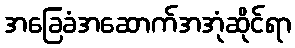
အခြေခံအဆောက်အအုံဆိုင်ရာ